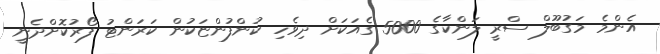
އެންމެ މަގުބޫލް ސްރީ ލަންކާގެ 5000 ގެއަކަށް ދިވެހި ކުންފުންޏަކުން ކަރަންޓު ފޯރުކޮށްދެނީ